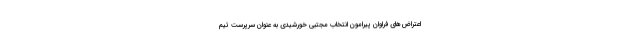
اعتراض‌های فراوان پیرامون انتخاب مجتبی خورشیدی به عنوان سرپرست تیم